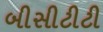
બીસીટીટી